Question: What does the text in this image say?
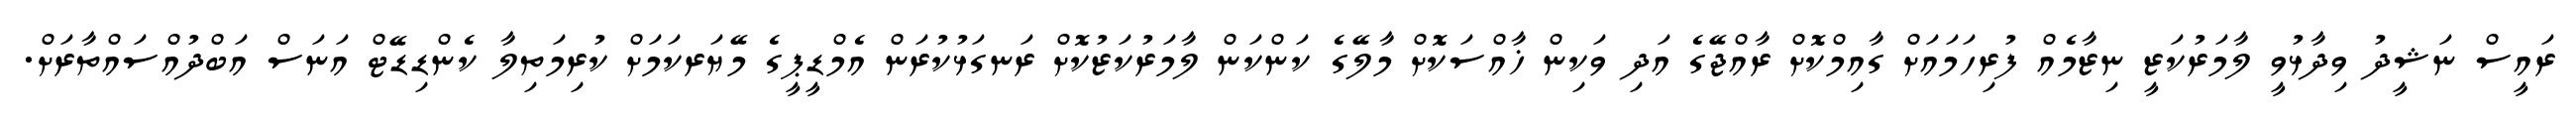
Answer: ރައީސް ނަޝީދު ވިދާޅުވީ ލާމަރުކަޒީ ނިޒާމެއް ފުރިހަމައަށް ގާއިމްކޮށް ރާއްޖޭގެ އަދި ވަކިން ޚާއްސަކޮށް މާލޭގެ ކަންކަން ލާމަރުކަޒުކޮށް ރަނގަޅުކުރަން އެމްޑީޕީގެ މޭޔަރކަމަށް ކުރިމަތިލާ ކެންޑިޑޭޓް އަނަސް އަބްދުއްސައްތާރަށް.